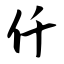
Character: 仟